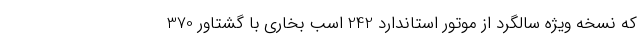
که نسخه ویژه سالگرد از موتور استاندارد 242 اسب بخاری با گشتاور 370